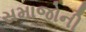
સમાજોની